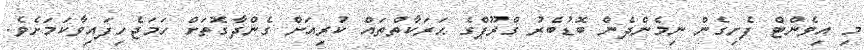
މި އިވެންޓް ފެށިގެން ނިމެންދެން ބޮޑުބެރު ގްރޫޕްގެ ޙަރަކާތްތައް ކުރިއަށް ގެންދާގޮތަށް ހަމަޖެހިފައިވާކަމަށެވެ.